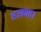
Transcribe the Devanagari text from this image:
अउकात।